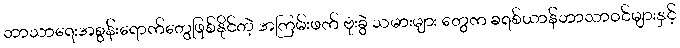
ဘာသာရေးအစွန်းရောက်တွေဖြစ်နိုင်တဲ့ အကြမ်းဖက် ဗုံးခွဲ သမားများ တွေက ခရစ်ယာန်ဘာသာဝင်များနှင့်